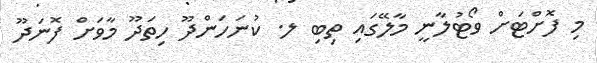
މި ފޮށްޓަށް ވޯޓުލާނީ މާލޭގައި ތިބި ލ. ކުނަހަންދޫ ހިތަދޫ މާވަށް ފޮނަދޫ